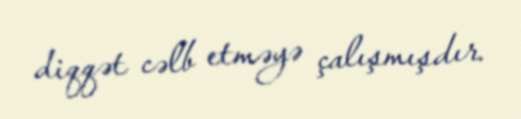
diqqət cəlb etməyə çalışmışdır.